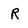
Character: R